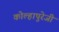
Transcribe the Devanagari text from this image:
कोल्हापुरेजी